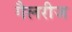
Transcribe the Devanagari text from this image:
गैलरीज